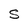
Character: S